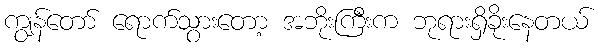
ကျွန်တော် ရောက်သွားတော့ အဘိုးကြီးက ဘုရားရှိခိုးနေတယ်